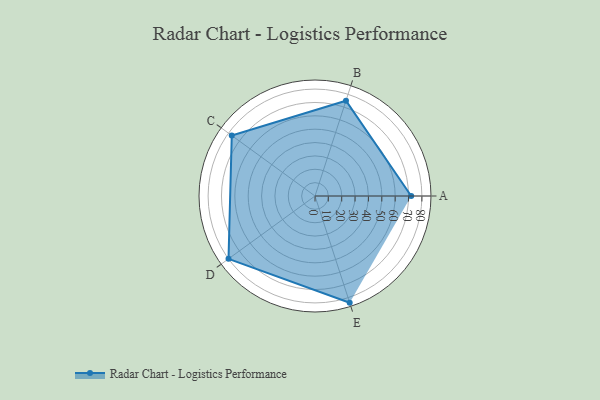
{"axis": {"x": "Skill", "y": "Score"}, "legend": ["Profile"], "data": [{"x": "A", "y": 72.0, "type": "Profile"}, {"x": "B", "y": 75.0, "type": "Profile"}, {"x": "C", "y": 77.0, "type": "Profile"}, {"x": "D", "y": 80.0, "type": "Profile"}, {"x": "E", "y": 84.0, "type": "Profile"}]}